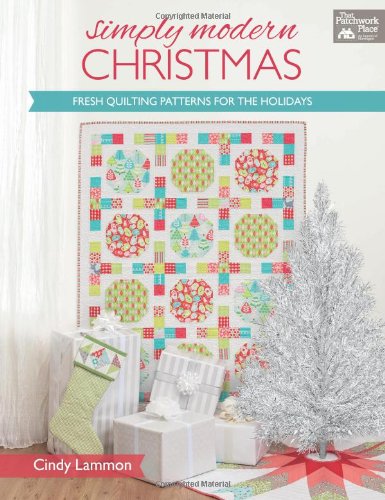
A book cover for Simply Modern Christmas: Fresh Quilting Patterns for the Holidays; Cindy Lammon; Crafts, Hobbies & Home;